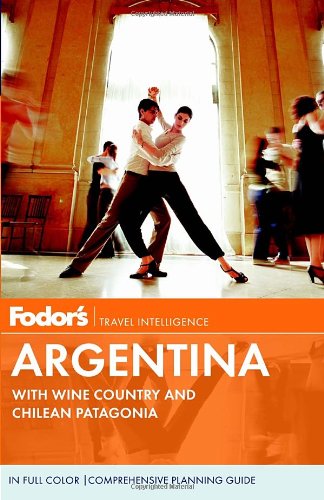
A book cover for Fodor's Argentina: with Wine Country and Chilean Patagonia (Full-color Travel Guide); Fodor's; Travel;